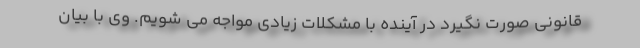
قانونی صورت نگیرد در آینده با مشکلات زیادی مواجه می شویم. وی با بیان